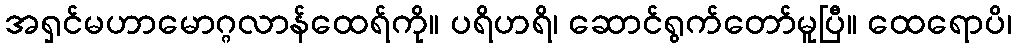
အရှင်မဟာမောဂ္ဂလာန်ထေရ်ကို။ ပရိဟရိ၊ ဆောင်ရွက်တော်မူပြီ။ ထေရောပိ၊